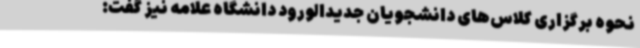
نحوه برگزاری کلاس‌های دانشجویان جدیدالورود دانشگاه علامه نیز گفت: